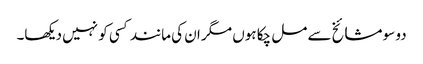
دو سو مشائخ سے مل چکا ہوں مگر ان کی مانند کسی کو نہیں دیکھا۔